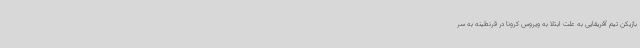
بازیکن تیم آفریقایی به علت ابتلا به ویروس کرونا در قرنطینه به سر